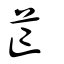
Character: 芒